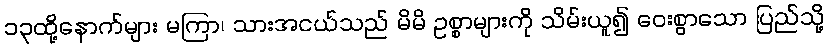
၁၃ထို့နောက်များ မကြာ၊ သားအငယ်သည် မိမိ ဥစ္စာများကို သိမ်းယူ၍ ဝေးစွာသော ပြည်သို့